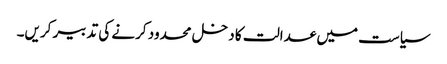
سیاست میں عدالت کا دخل محدود کرنے کی تدبیر کریں۔